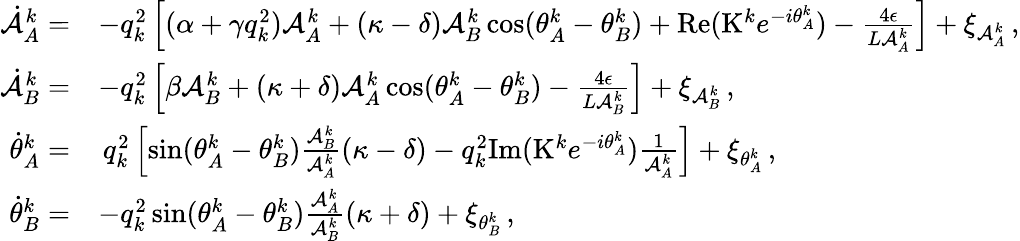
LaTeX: \begin{array}{rl}{\dot{\mathcal{A}}_{A}^{k}=}&{-q_{k}^{2}\left[(\alpha+\gamma q_{k}^{2})\mathcal{A}_{A}^{k}+(\kappa-\delta)\mathcal{A}_{B}^{k}\cos(\theta_{A}^{k}-\theta_{B}^{k})+\mathrm{Re}(\mathrm{K}^{k}e^{-i\theta_{A}^{k}})-\frac{4\epsilon}{L\mathcal{A}_{A}^{k}}\right]+\xi_{\mathcal{A}_{A}^{k}}\, ,}\\ {\dot{\mathcal{A}}_{B}^{k}=}&{-q_{k}^{2}\left[\beta\mathcal{A}_{B}^{k}+(\kappa+\delta)\mathcal{A}_{A}^{k}\cos(\theta_{A}^{k}-\theta_{B}^{k})-\frac{4\epsilon}{L\mathcal{A}_{B}^{k}}\right]+\xi_{\mathcal{A}_{B}^{k}}\, ,}\\ {\dot{\theta}_{A}^{k}=}&{\, q_{k}^{2}\left[\sin(\theta_{A}^{k}-\theta_{B}^{k})\frac{\mathcal{A}_{B}^{k}}{\mathcal{A}_{A}^{k}}(\kappa-\delta)-q_{k}^{2}\mathrm{Im}(\mathrm{K}^{k}e^{-i\theta_{A}^{k}})\frac{1}{\mathcal{A}_{A}^{k}}\right]+\xi_{\theta_{A}^{k}}\, ,}\\ {\dot{\theta}_{B}^{k}=}&{-q_{k}^{2}\sin(\theta_{A}^{k}-\theta_{B}^{k})\frac{\mathcal{A}_{A}^{k}}{\mathcal{A}_{B}^{k}}(\kappa+\delta)+\xi_{\theta_{B}^{k}}\, ,}\end{array}